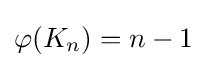
\varphi (K_{n})=n-1